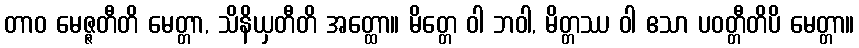
တာဝ မေဇ္ဇတီတိ မေတ္တာ, သိနိယှတီတိ အတ္ထော။ မိတ္တေ ဝါ ဘဝါ, မိတ္တဿ ဝါ ဧသာ ပဝတ္တီတိပိ မေတ္တာ။